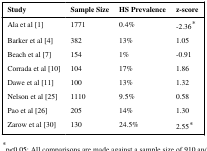
| Study | Sample Size | HS Prevalence | z-score |
 | --- | --- | --- | --- |
 | Ala et al [1] | 1771 | 0.4% | -2.36* |
 | Barker et al [4] | 382 | 13% | 1.05 |
 | Beach et al [7] | 154 | 1% | -0.91 |
 | Corrada et al [10] | 104 | 17% | 1.86 |
 | Dawe et al [11] | 100 | 13% | 1.32 |
 | Nelson et al [25] | 1110 | 9.5% | 0.58 |
 | Pao et al [26] | 205 | 14% | 1.30 |
 | Zarow et al [30] | 130 | 24.5% | 2.55* |